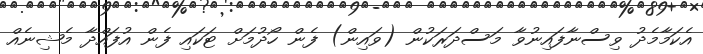
އެކަމާމެދު ވިސްނާފައިނުވާ މަސްދަރަކުން (ވައިން) ފެން ހޯދުމަށް ޓަކައި ފެން އުފައްދާ މެޝިނެއް